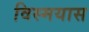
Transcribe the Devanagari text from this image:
विस्मयास